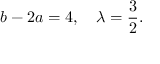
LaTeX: b - 2 a = 4 , \quad \lambda = \frac { 3 } { 2 } .